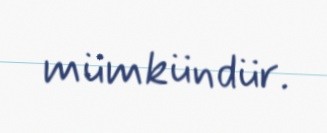
mümkündür.